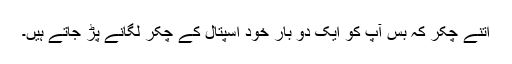
اتنے چکّر کہ بس آپ کو ایک دو بار خود اسپتال کے چکّر لگانے پڑ جاتے ہیں۔